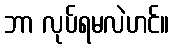
ဘာ လုပ်ရမလဲဟင်။